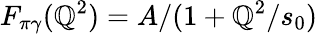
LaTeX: F_{\pi\gamma}(\mathbb{Q}^{2})=A/(1+\mathbb{Q}^{2}/s_{0})